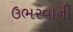
ઉભરવાની